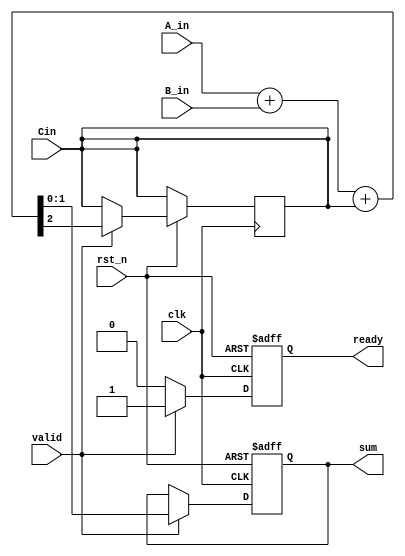
module carry_save_adder (
    input wire clk,          // Clock signal
    input wire rst_n,       // Active low reset
    input wire A_in,        // Serial input for operand A
    input wire B_in,        // Serial input for operand B
    input wire Cin,         // Carry input
    input wire valid,       // Valid signal indicating a new bit is available
    output reg [1:0] sum,   // 2-bit output for sum (S and Cout)
    output reg ready        // Signal indicating that output is ready
);
    reg carry;              // Carry output
    reg [1:0] temp_sum;     // Temporary sum storage

    // State for processing serial input
    always @(posedge clk or negedge rst_n) begin
        if (!rst_n) begin
            sum <= 2'b00;    // Reset sum
            carry <= 1'b0;   // Reset carry
            ready <= 1'b0;   // Reset ready signal
        end else if (valid) begin
            // Full Adder Logic
            {carry, temp_sum} = A_in + B_in + Cin;

            // Assign sum and carry to outputs
            sum <= temp_sum;
            Cin <= carry;      // Prepare carry for next bit addition

            // Set ready signal to indicate output is valid
            ready <= 1'b1;
        end else begin
            ready <= 1'b0;     // No new valid input, reset ready
        end
    end
endmodule